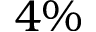
4 \%